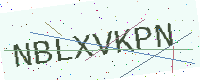
Text: NBLXVKPN